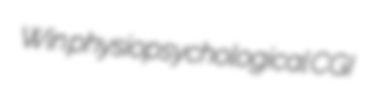
Win physiopsychological CGI